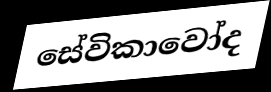
සේවිකාවෝද